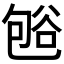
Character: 𰶒